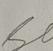
Signature authenticity: forged